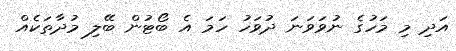
އަދި މި މަހުގެ ނުވަވަނަ ދުވަހު ހަމަ އެ ބޯޓުން ބޭލި މުދާތަކެއް